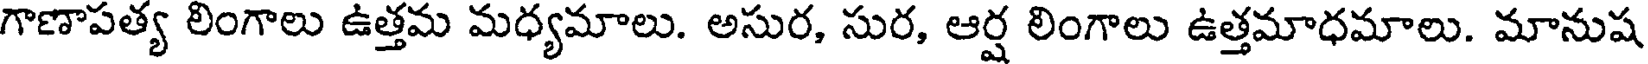
గాణాపత్య లింగాలు ఉత్తమ మధ్యమాలు. అసుర, సుర, ఆర్ష లింగాలు ఉత్తమాధమాలు. మానుష